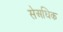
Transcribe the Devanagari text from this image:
सेअधिक